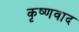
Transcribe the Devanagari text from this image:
कृष्णवाद